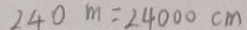
2 4 0 m = 2 4 0 0 0 c m